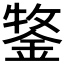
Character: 𮢒